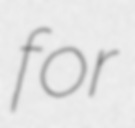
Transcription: for